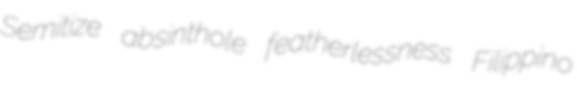
Semitize absinthole featherlessness Filippino